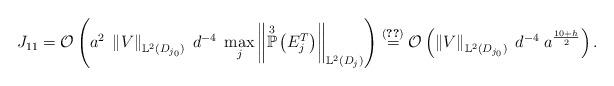
LaTeX: \begin{align*}J_{11} = \mathcal{O}\left( a^{2} \; \left\Vert V \right\Vert_{\mathbb{L}^{2}(D_{j_{0}})} \; d^{-4} \; \max_{j} \left\Vert \overset{3}{\mathbb{P}}\left(E^{T}_j\right) \right\Vert_{\mathbb{L}^{2}(D_j)} \right)\overset{(\ref{max-P1P3})}{=} \mathcal{O}\left( \left\Vert V \right\Vert_{\mathbb{L}^{2}(D_{j_{0}})} \; d^{-4} \; a^{\frac{10+h}{2}} \right).\end{align*}